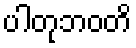
ပါတုဘဝတိ